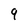
Character: 9